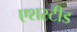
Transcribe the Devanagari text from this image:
एशस्टीड